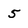
Character: 5